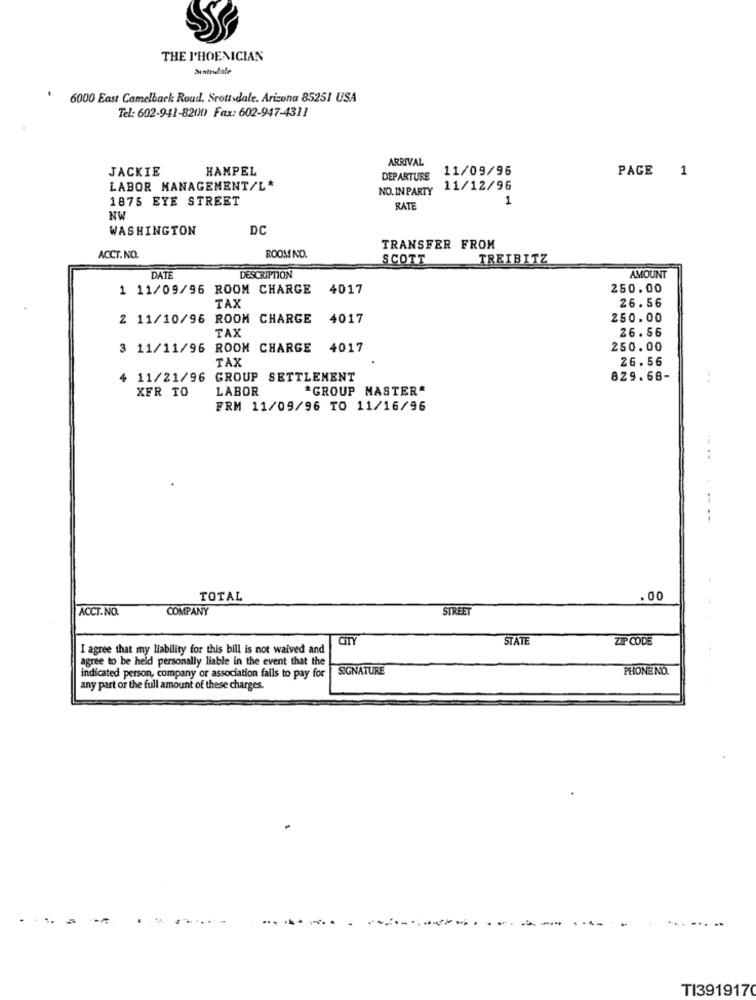
THE PHOENICIAN
Sintradale
6000 East Camelback Roud. Scottsdale. Arizona 85251 USA
Tel: 602-941-8200 Fax: 602-947-4311
ARRIVAL
JACKIE
HAMPEL
11/09/96
DEPARTURE
PAGE 1
LABOR MANAGEMENT/L*
NO. INPARTY 11/12/96
1875 EYE STREET
1
RATE
NW
WASHINGTON
DC
TRANSFER FROM
ACCT.NO.
ROOM NO.
SCOTT
TREIBITZ
DATE
DESCRIPTION
AMOUNT
1 11/09/96 ROOM CHARGE
4017
250.00
26.56
TAX
2 11/10/96 ROOM CHARGE
4017
250.00
TAX
26.56
3 11/11/96 ROOM CHARGE 4017
250.00
TAX
26.56
4 11/21/96 GROUP SETTLEMENT
829.68-
XFR TO
LABOR
*GROUP MASTER*
FRM 11/09/96 TO 11/16/96
....
--
TOTAL
. 00
ACCT.NO.
COMPANY
STREET
CITY
STATE
ZIP CODE
I agree that my liability for this bill is not waived and
agree to be held personally liable in the event that the
SIGNATURE
PHONE NO.
indicated person, company or association fails to pay for
any part of the full amount of these charges.
.
TI3919170